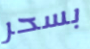
بسحر